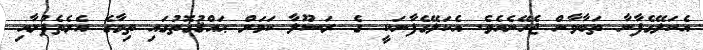
އެކަލޭގެފާނާ ތަބާވާން ޖެހޭނެއެވެ. އެކަލޭގެފާނަކީ  ގެ ރަސޫލާ ކަމަށް ޙައްޤުގޮތުގައި ތިމާގެ އެރެތެފުށާއި